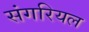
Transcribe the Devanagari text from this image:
संगरियल